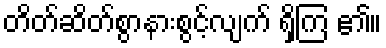
တိတ်ဆိတ်စွာနားစွင့်လျက် ရှိကြ ၏။